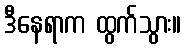
ဒီနေရာက ထွက်သွား။